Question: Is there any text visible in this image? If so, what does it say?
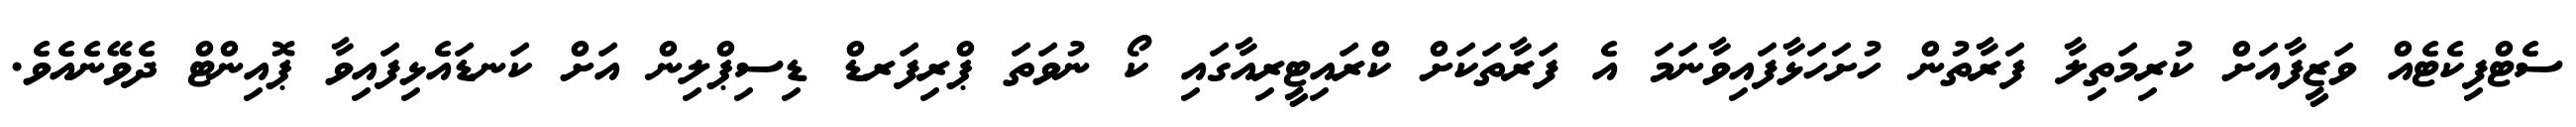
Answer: ސެޓްފިކެޓެއް ވަޒީފާއަށް ކުރިމަތިލާ ފަރާތުން ހުށަހަޅާފައިވާނަމަ އެ ފަރާތަކަށް ކްރައިޓީރިއާގައި ކޯ ނުވަތަ ޕްރިފަރޑް ޑިސިޕްލިން އަށް ކަނޑައެޅިފައިވާ ޕޮއިންޓް ދެވޭނެއެވެ.